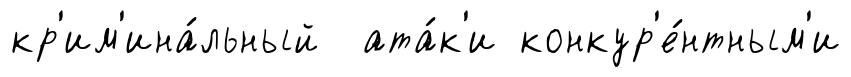
кр'им'ина́льный ата́к'и конкур'е́нтным'и